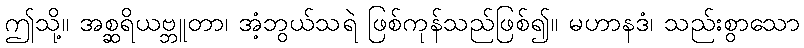
ဤသို့။ အစ္ဆရိယဗ္ဘူတာ၊ အံ့ဘွယ်သရဲ ဖြစ်ကုန်သည်ဖြစ်၍။ မဟာနဒံ၊ သည်းစွာသော